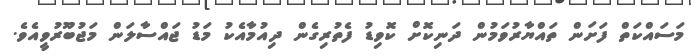
މަސައްކަތް ފަށަން ތައްޔާރުވަމުން ދަނިކޮށް ކޮވިޑު ފެތުރިގެން ދިއުމާއެކު މަޑު ޖައްސާލަން މަޖުބޫރުވީއެވެ.